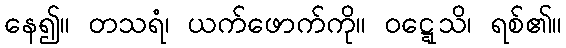
နေ၍။ တသရံ၊ ယက်ဖောက်ကို။ ဝဋ္ဋေသိ၊ ရစ်၏။